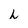
Character: h